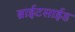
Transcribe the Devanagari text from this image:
ब्राईटसाईड